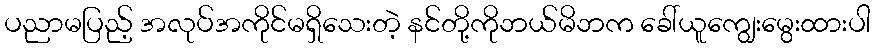
ပညာမပြည့် အလုပ်အကိုင်မရှိသေးတဲ့ နင်တို့ကိုဘယ်မိဘက ခေါ်ယူကျွေးမွေးထားပါ